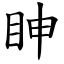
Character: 眒